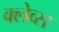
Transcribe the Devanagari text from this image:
क्लेव्स